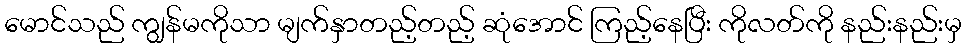
မောင်သည် ကျွန်မကိုသာ မျက်နှာတည့်တည့် ဆုံအောင် ကြည့်နေပြီး ကိုလတ်ကို နည်းနည်းမှ